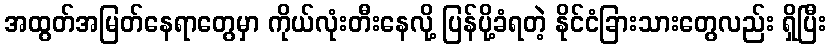
အထွတ်အမြတ်နေရာတွေမှာ ကိုယ်လုံးတီးနေလို့ ပြန်ပို့ခံရတဲ့ နိုင်ငံခြားသားတွေလည်း ရှိပြီး